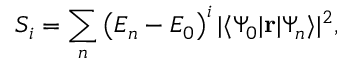
S _ { i } = \sum _ { n } \left( E _ { n } - E _ { 0 } \right) ^ { i } | \langle \Psi _ { 0 } | \mathbf { r } | \Psi _ { n } \rangle | ^ { 2 } ,